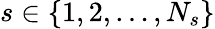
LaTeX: s\in\{ 1,2,\ldots,N_{s}\}